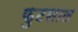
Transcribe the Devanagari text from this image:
फुटसाल